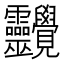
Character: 𧢱